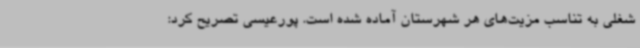
شغلی به تناسب مزیت‌های هر شهرستان آماده شده است. پورعیسی تصریح کرد: